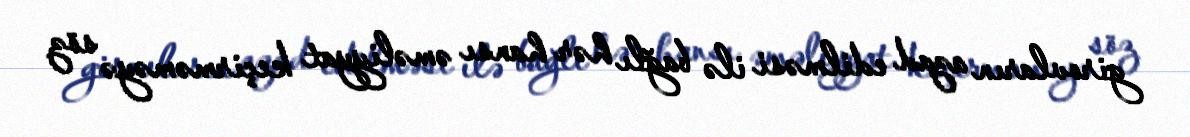
girovların azad edilməsi ilə bağlı hər hansı əməliyyat keçirməməyə söz